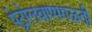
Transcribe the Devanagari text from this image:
पेट्रोलबाष्पगळती